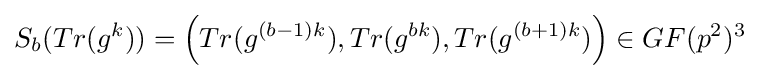
S_{b}(Tr(g^{k}))=\left(Tr(g^{(b-1)k}),Tr(g^{bk}),Tr(g^{(b+1)k})\right)\in GF(p^{2})^{3}